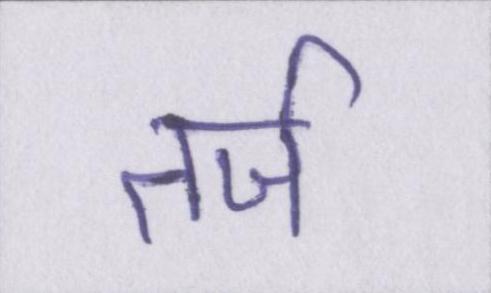
तर्ज